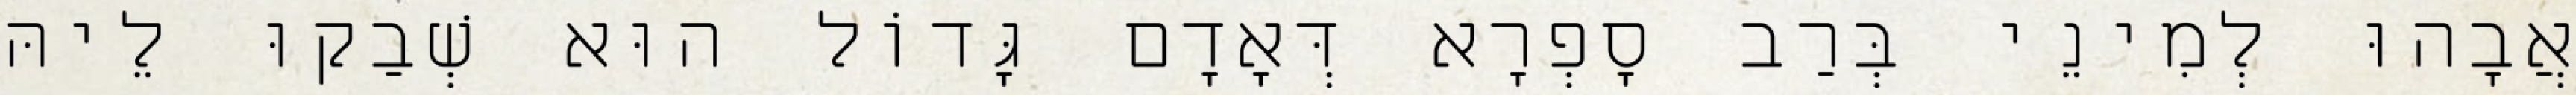
אֲבָהוּ לְמִינֵי בְּרַב סָפְרָא דְּאָדָם גָּדוֹל הוּא שְׁבַקוּ לֵיהּ